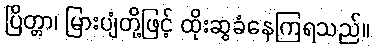
ပြိတ္တာ၊ မြားပျံတို့ဖြင့် ထိုးဆွခံနေကြရသည်။